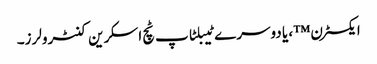
ایکسٹرن ™ ، یا دوسرے ٹیبلٹاپ ٹچ اسکرین کنٹرولرز۔